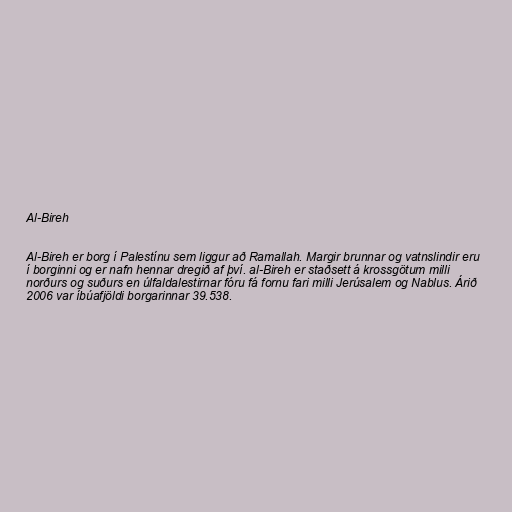
Al-Bireh

Al-Bireh er borg í Palestínu sem liggur að Ramallah. Margir brunnar og vatnslindir eru
í borginni og er nafn hennar dregið af því. al-Bireh er staðsett á krossgötum milli
norðurs og suðurs en úlfaldalestirnar fóru fá fornu fari milli Jerúsalem og Nablus. Árið
2006 var íbúafjöldi borgarinnar 39.538.